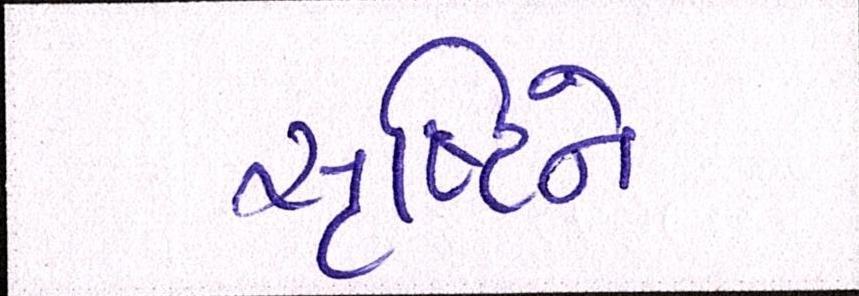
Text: સૃષ્ટિને